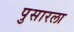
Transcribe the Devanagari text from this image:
पुसारला